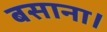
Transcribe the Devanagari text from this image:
बसाना।